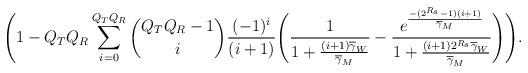
LaTeX: \begin{align*}\Bigg(1- Q_{T}Q_{R} \sum_{i=0}^{Q_{T}Q_{R}} \binom{Q_{T}Q_{R}-1}{i} \frac{(-1)^i}{(i+1)} \Bigg( \frac{1}{1+\frac{(i+1)\overline{\gamma}_{W}}{\overline{\gamma}_{M}}} - \frac{e^{\frac{-(2^{R_{s}}-1)(i+1)}{\overline{\gamma}_{M}}}}{1+\frac{(i+1) 2^{R_{s}}\overline{\gamma}_{W}}{\overline{\gamma}_{M}}}\Bigg)\Bigg).\end{align*}